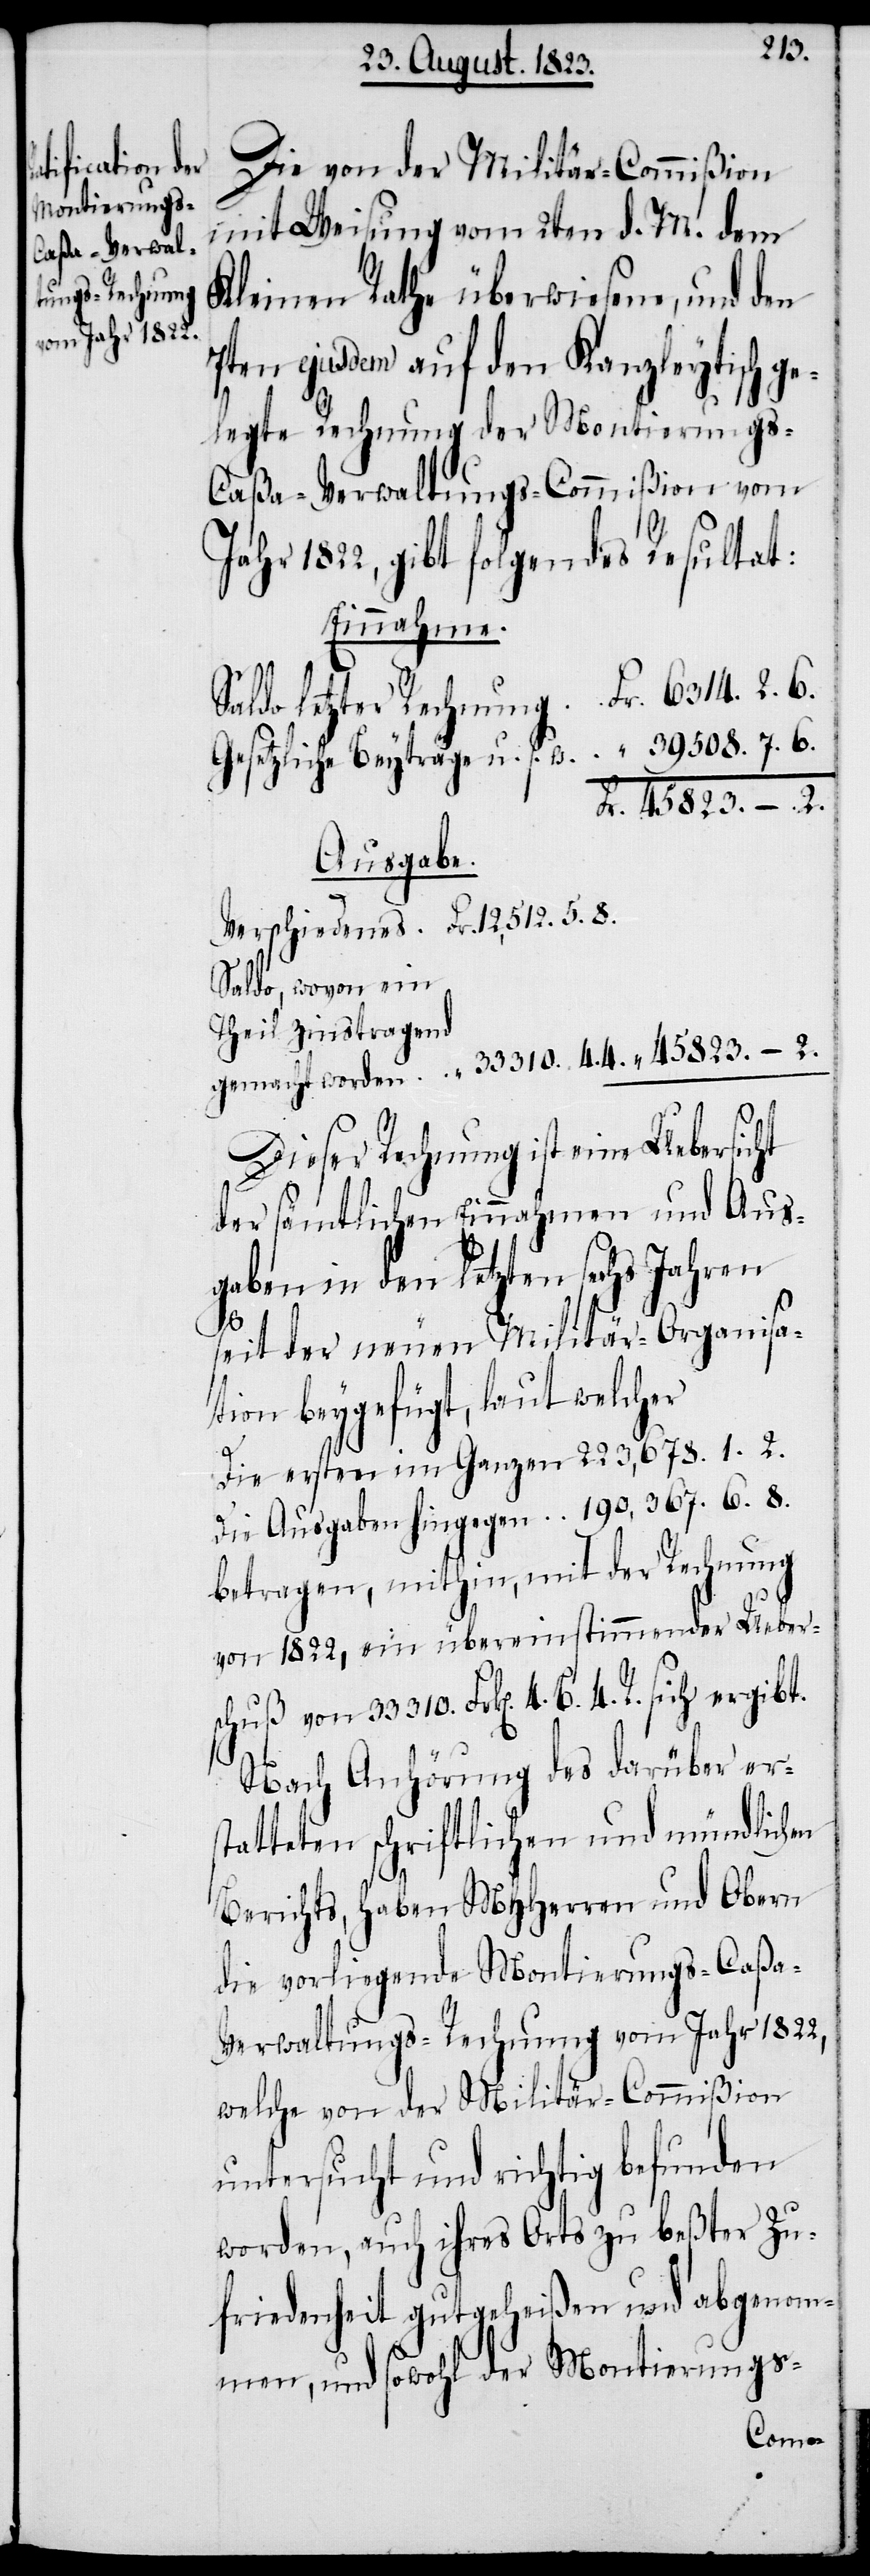
sich ergibt.
letzter Rechnung

Die von der Militär-Commißion
mit Weisung vom 2ten d. M. dem
Kleinen Rathe überwiesene, und den
7ten ejusdem auf den Kanzleytisch ge¬
legte Rechnung der Montierung¬
s-Caßa-Verwaltungs-Commißion vom
Jahr 1822, gibt folgendes Resultat:
Einnahme.
Gesetzliche Beyträge u. s. w.
4. B. 4. R.
Ausgabe.
Saldo, wovon ein
Theil zinstragend
Dieser Rechnung ist eine Uebersicht
der sämtlichen Einnahmen und Aus¬
gaben in den letzten sechs Jahren
seit der neuen Militär-Organisa¬
tion beygefügt, laut welcher
Die ersten im Ganzen 	223,678. 1. 2.
Die Ausgaben hingegen 	190,367. 6. 8.
betragen, mithin, mit der Rechnung
von 1822, ein übereinstimmender Ueber¬
Nach Anhörung des darüber ers¬
tatteten schriftlichen und mündlichen
Berichts, haben MHHerren und Obern
die vorliegende Montierungs-Caßa-V¬
erwaltungs-Rechnung vom Jahr 1822,
welche von der Militär-Commißion
untersucht und richtig befunden
worden, auch ihres Orts zu beßter Zu¬
friedenheit gutgeheißen und abgenom¬
men, und sowohl der Montierungs-